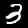
Digit: 3